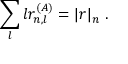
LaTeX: \sum _ { l } l r _ { n , l } ^ { ( A ) } = | r | _ { n } ~ .